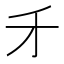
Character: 𠄒